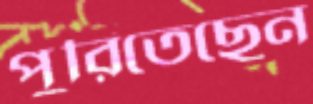
পুরিতেছেন